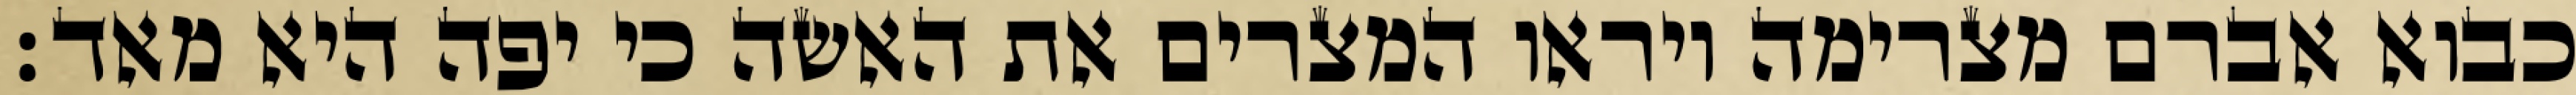
כבוא אברם מצרימה ויראו המצרים את האשה כי יפה היא מאד׃